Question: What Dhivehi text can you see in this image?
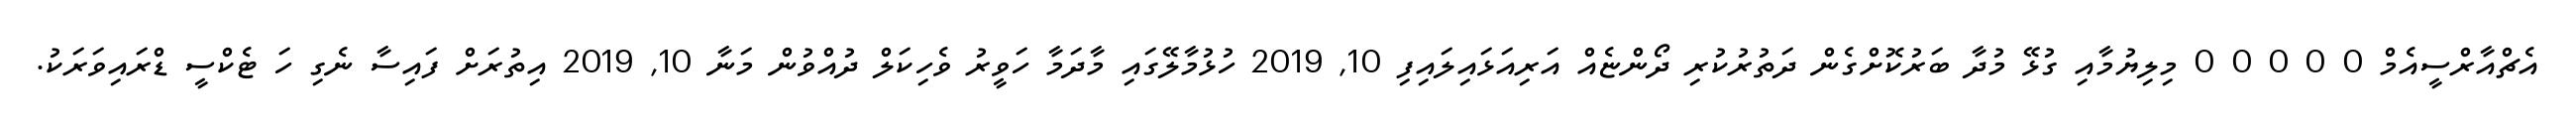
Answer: އެޗްއާރްސީއެމް 0 0 0 0 0 މިލިޔުމާއި ގުޅޭ މުދާ ބަރުކޮށްގެން ދަތުރުކުރި ދޯންޏެއް އަރިއަޅައިލައިފި 10, 2019 ހުޅުމާލޭގައި މާދަމާ ހަވީރު ވެހިކަލް ދުއްވުން މަނާ 10, 2019 އިތުރަށް ފައިސާ ނެގި ހަ ޓެކްސީ ޑްރައިވަރަކު.